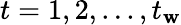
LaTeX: t=1,2,...,t_{\mathbf{w}}